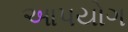
આપયોગ